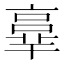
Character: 𠆆